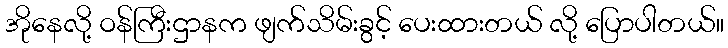
အိုနေလို့ ဝန်ကြီးဌာနက ဖျက်သိမ်းခွင့် ပေးထားတယ် လို့ ပြောပါတယ်။